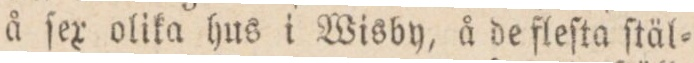
å ſex olika hus i Wisby, å de fleſta ſtäl=